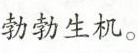
勃勃生机。